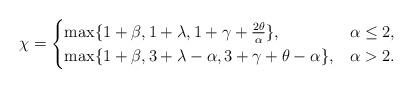
LaTeX: \begin{align*}\chi =\begin{cases}\max\{1+\beta, 1+\lambda, 1+ \gamma+ \frac{2\theta}{\alpha} \}, & \alpha \leq 2 , \\\max\{1+\beta, 3+\lambda-\alpha, 3+\gamma+\theta-\alpha\}, & \alpha > 2 .\end{cases}\end{align*}